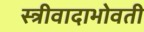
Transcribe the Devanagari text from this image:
स्त्रीवादाभोवती